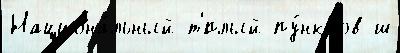
Национа́льный т'́плый пу́нктов ш